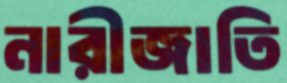
নারীজাতি